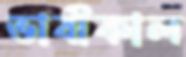
ভাবীকাল